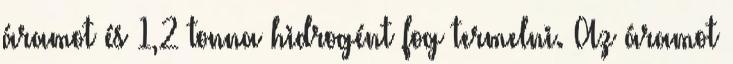
áramot és 1,2 tonna hidrogént fog termelni. Az áramot